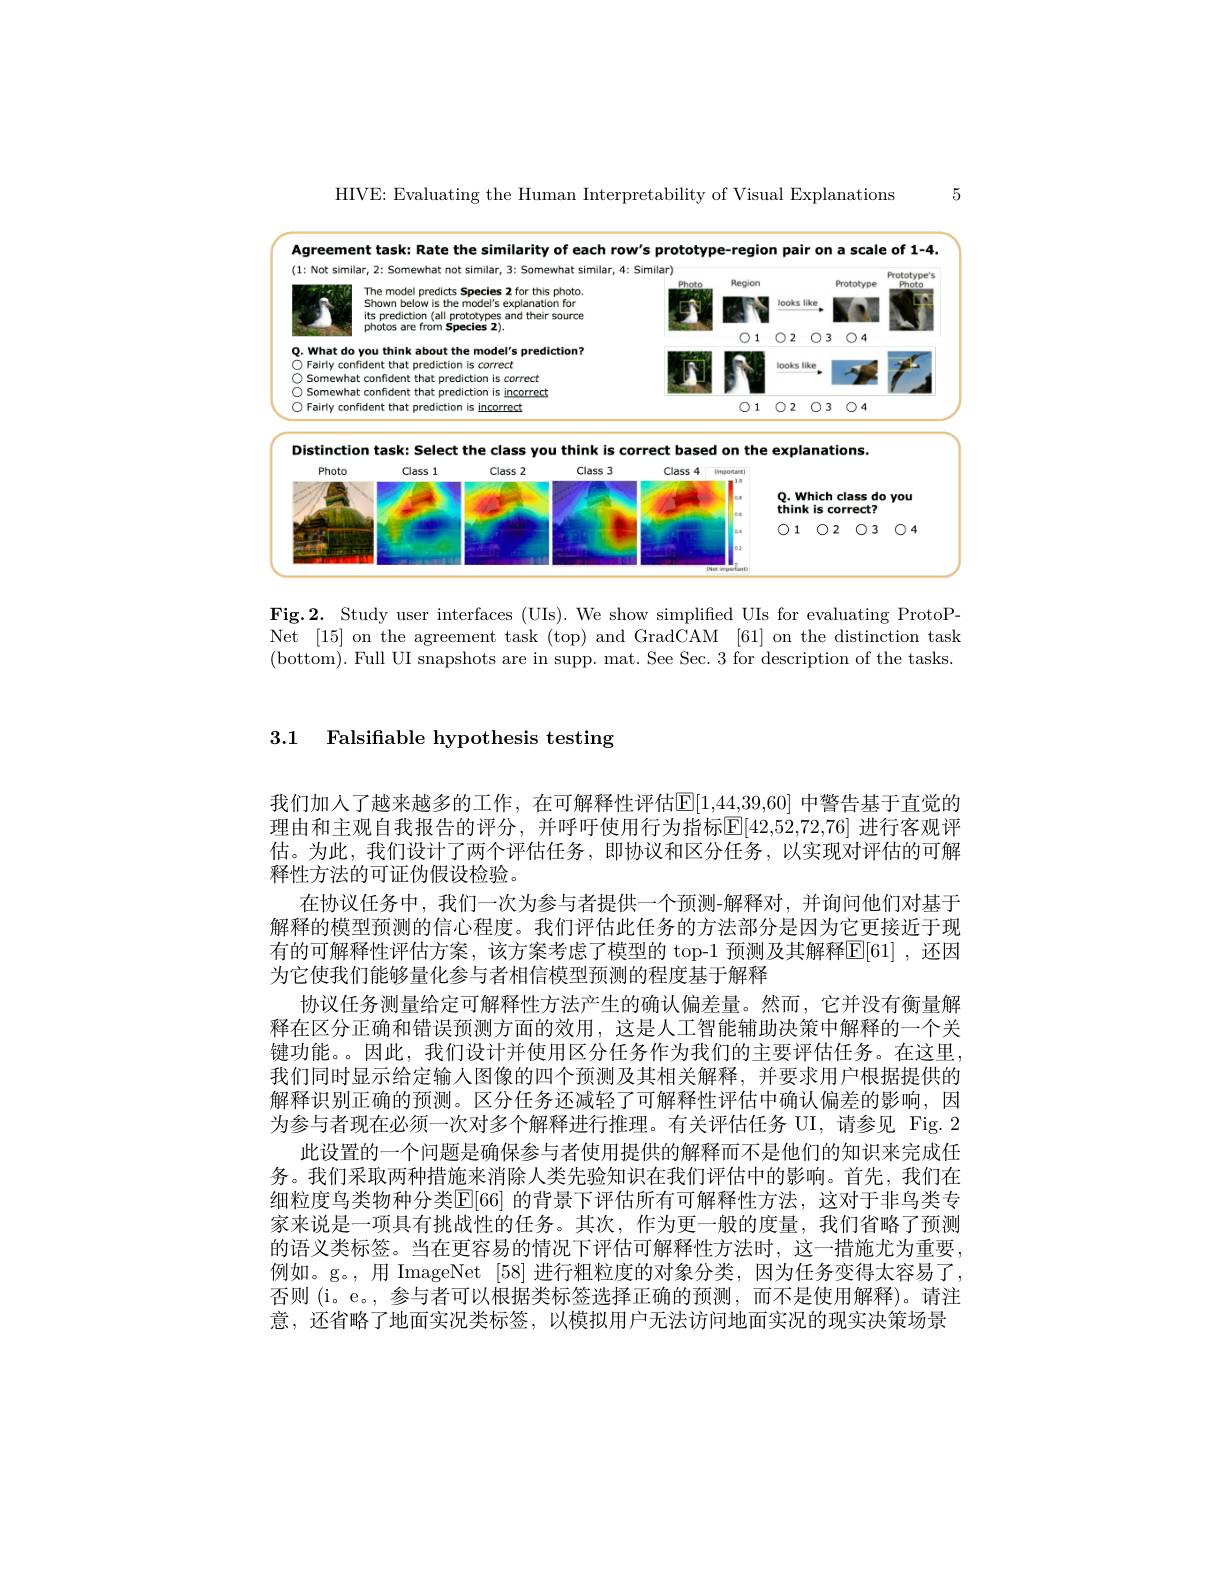
5

HIVE: Evaluating the Human Interpretability of Visual Explanations

<FigureHere>

Distinction task: Select the class you think is correct based on the explanations.
<FigureHere>

Fig.2. Study user interfaces (UIs). We show simplified UIs for evaluating ProtoPNet [15] on the agreement task (top) and GradCAM [61] on the distinction task (bottom). Full UI snapshots are in supp. mat. See Sec. 3 for description of the tasks.

3.1 Falsifiable hypothesis testing

我们加人了越来越多的工作，在可解释性评估$|\mathbb{E}|[1,44,39,60]$ 中警告基于直觉的理由和主观自我报告的评分，并呼吁使用行为指标[E[42,52,72,76] 进行客观评估。为此，我们设计了两个评估任务，即协议和区分任务，以实现对评估的可解释性方法的可证伪假设检验。
在协议任务中，我们一次为参与者提供一个预测-解释对，并询问他们对基于解释的模型预测的信心程度。我们评估此任务的方法部分是因为它更接近于现有的可解释性评估方案，该方案考虑了模型的 top-1 预测及其解释E[61] ,还因为它使我们能够量化参与者相信模型预测的程度基于解释
协议任务测量给定可解释性方法产生的确认偏差量。然而，它并没有衡量解释在区分正确和错误预测方面的效用，这是人工智能辅助决策中解释的一个关键功能。。因此，我们设计并使用区分任务作为我们的主要评估任务。在这里我们同时显示给定输入图像的四个预测及其相关解释，并要求用户根据提供的解释识别正确的预测。区分任务还减轻了可解释性评估中确认偏差的影响，因为参与者现在必须一次对多个解释进行推理。有关评估任务 UI, 请参见 Fig.2
此设置的一个问题是确保参与者使用提供的解释而不是他们的知识来完成任务。我们采取两种措施来消除人类先验知识在我们评估中的影响。首先，我们在细粒度鸟类物种分类$\mathbb{E}[66]$ 的背景下评估所有可解释性方法，这对于非鸟类专家来说是一项具有挑战性的任务。其次，作为更一般的度量，我们省略了预测的语义类标签。当在更容易的情况下评估可解释性方法时，这一措施尤为重要， 例如。g。,用 ImageNet [58] 进行粗粒度的对象分类，因为任务变得太容易了， 否则 (i。e。, 参与者可以根据类标签选择正确的预测，而不是使用解释)。请注意，还省略了地面实况类标签，以模拟用户无法访问地面实况的现实决策场景